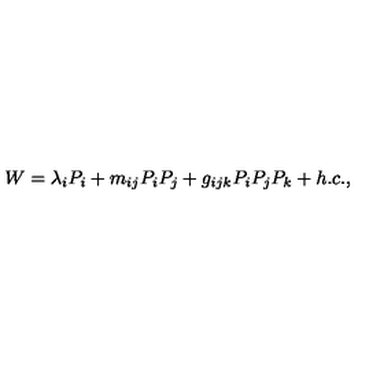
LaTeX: W = \lambda _ { i } P _ { i } + m _ { i j } P _ { i } P _ { j } + g _ { i j k } P _ { i } P _ { j } P _ { k } + h . c . ,